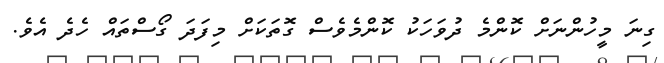
ގިނަ މީހުންނަށް ކޮންމެ ދުވަހަކު ކޮންމެވެސް ގޮތަކަށް މިފަދަ ގޯސްތައް ހެދެ އެވެ.